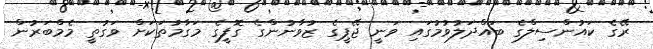
ރޭގެ ކައުންސިލްގެ ބައްދަލުވުމުގައި ވަނީ ޖޭޕީގެ ޒުވާނުންގެ ގޮފީގެ މަގާމުތަކަށް ވަގުތީ މެމްބަރުން